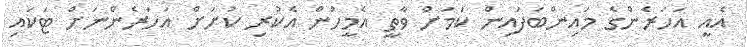
އެއީ އަހަރެންގެ މައިންބަފައިން ކަމަށް ވާތީ އެމީހުން އެކުރި ކުށަށް އަހަރެންނަށް ޓަކައި